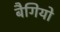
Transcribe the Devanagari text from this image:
बैगियो